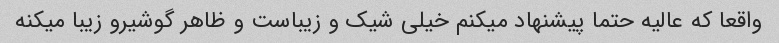
واقعا که عالیه حتما پیشنهاد میکنم خیلی شیک و زیباست و ظاهر گوشیرو زیبا میکنه